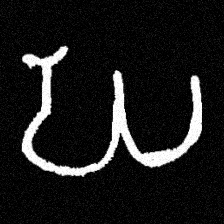
Pyu character \u2014 Myanmar letter: ဃ (romanized: gha)